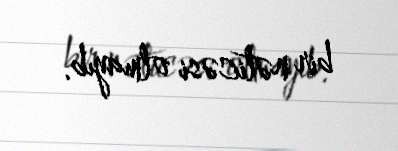
bir nəticəsi olmayıb.